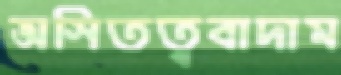
অসিতত্ববাদাম